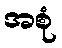
အစုံ